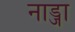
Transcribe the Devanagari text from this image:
नाड्जा